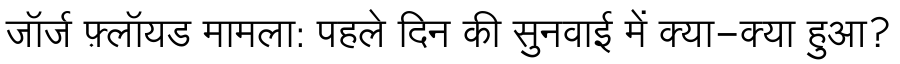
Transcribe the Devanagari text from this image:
जॉर्ज फ़्लॉयड मामला: पहले दिन की सुनवाई में क्या-क्या हुआ?